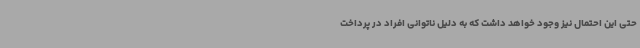
حتی این احتمال نیز وجود خواهد داشت که به دلیل ناتوانی افراد در پرداخت